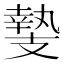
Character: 𭣛